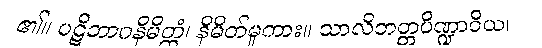
၏။ ပဋိဘာဂနိမိတ္တံ၊ နိမိတ်မူကား။ သာလိဘတ္တပိဏ္ဍာဝိယ၊